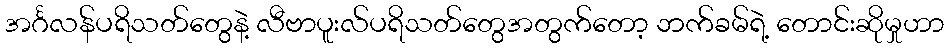
အင်္ဂလန်ပရိသတ်တွေနဲ့ လီဗာပူးလ်ပရိသတ်တွေအတွက်တော့ ဘက်ခမ်ရဲ့ တောင်းဆိုမှုဟာ